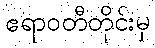
ဧရာဝတီတိုင်းမှ